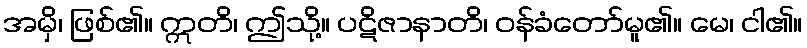
အမှိ၊ ဖြစ်၏။ ဣတိ၊ ဤသို့။ ပဋိဇာနာတိ၊ ဝန်ခံတော်မူ၏။ မေ၊ ငါ၏။